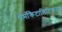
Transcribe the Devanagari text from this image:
थेर्मोकैटालिटिकल